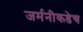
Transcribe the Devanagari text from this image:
जर्मनीकडेच